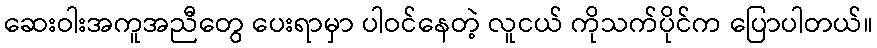
ဆေးဝါးအကူအညီတွေ ပေးရာမှာ ပါဝင်နေတဲ့ လူငယ် ကိုသက်ပိုင်က ပြောပါတယ်။